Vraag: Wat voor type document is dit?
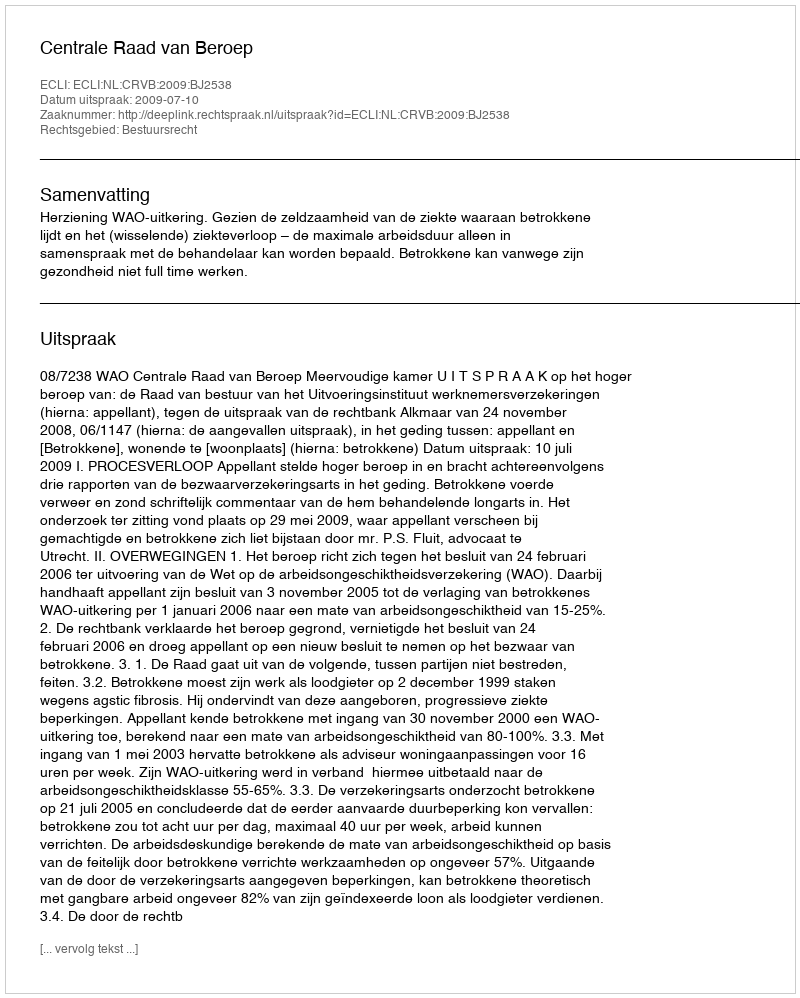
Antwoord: Uitspraak